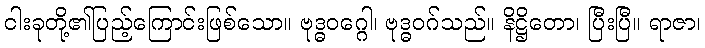
ငါးခုတို့၏ပြည့်ကြောင်းဖြစ်သော။ ဗုဒ္ဓဝဂ္ဂေါ၊ ဗုဒ္ဓဝဂ်သည်။ နိဋ္ဌိတော၊ ပြီးပြီ။ ရာဇာ၊